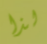
لذا